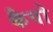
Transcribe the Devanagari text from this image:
कैपो